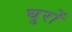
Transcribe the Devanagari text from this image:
घुरों